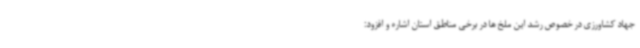
جهاد کشاورزی در خصوص رشد این ملخ ها در برخی مناطق استان اشاره و افزود: